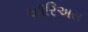
ઑરિઅસ